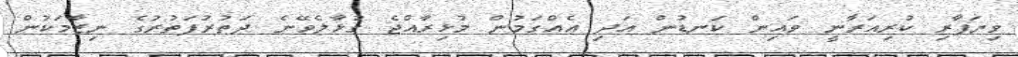
ވިޔަފާރި ކުރިއަރާނީ ވައިން ކަނޑުން އަދި އެއްގަމުން މުޅިރާއްޖެ ގުޅާލެވޭނެ ދަތުރުފަތުރުގެ ނިޒާމަކުން